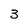
Character: 3